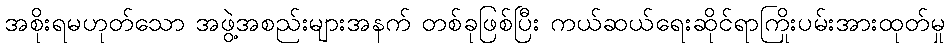
အစိုးရမဟုတ်သော အဖွဲ့အစည်းများအနက် တစ်ခုဖြစ်ပြီး ကယ်ဆယ်ရေးဆိုင်ရာကြိုးပမ်းအားထုတ်မှု